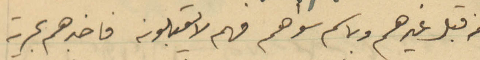
من قبل غيرهم وباسم سواهم فهم لا يقبلونه فاخبرهم بحرية